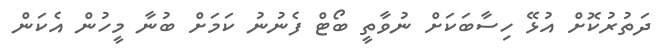
ދަތުރުކޮށް އުޅޭ ހިސާބަކަށް ނުވާތީ ބޯޓް ފެނުނު ކަމަށް ބުނާ މީހުން އެކަން